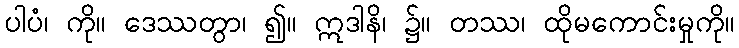
ပါပံ၊ ကို။ ဒေဿတွာ၊ ၍။ ဣဒါနိ၊ ၌။ တဿ၊ ထိုမကောင်းမှုကို။